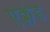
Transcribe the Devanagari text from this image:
एक्लंड